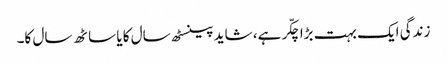
زندگی ایک بہت بڑا چکّر ہے، شاید پینسٹھ سال کا یا ساٹھ سال کا۔